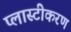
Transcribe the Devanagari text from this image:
प्लास्टीकरण